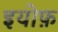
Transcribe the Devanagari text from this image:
इयोफ़